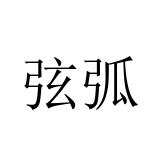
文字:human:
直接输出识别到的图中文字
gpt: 弦弧